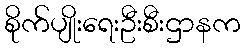
စိုက်ပျိုးရေးဦးစီးဌာနက